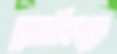
জেসমিনকে